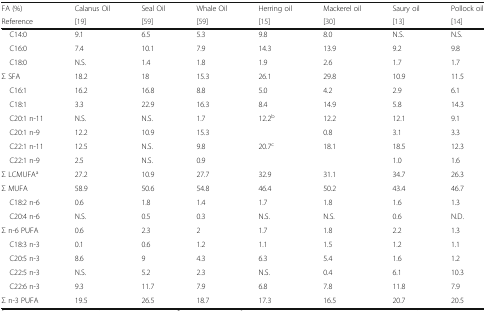
<table><thead><tr><td><b>FA (%)</b></td><td><b>Calanus Oil</b></td><td><b>Seal Oil</b></td><td><b>Whale Oil</b></td><td><b>Herring oil</b></td><td><b>Mackerel oil</b></td><td><b>Saury oil</b></td><td><b>Pollock oil</b></td></tr><tr><td><b>Reference</b></td><td><b>[19]</b></td><td><b>[59]</b></td><td><b>[59]</b></td><td><b>[15]</b></td><td><b>[30]</b></td><td><b>[13]</b></td><td><b>[14]</b></td></tr></thead><tbody><tr><td> C14:0</td><td>9.1</td><td>6.5</td><td>5.3</td><td>9.8</td><td>8.0</td><td>N.S.</td><td>N.S.</td></tr><tr><td> C16:0</td><td>7.4</td><td>10.1</td><td>7.9</td><td>14.3</td><td>13.9</td><td>9.2</td><td>9.8</td></tr><tr><td> C18:0</td><td>N.S.</td><td>1.4</td><td>1.8</td><td>1.9</td><td>2.6</td><td>1.7</td><td>1.7</td></tr><tr><td>Σ SFA</td><td>18.2</td><td>18</td><td>15.3</td><td>26.1</td><td>29.8</td><td>10.9</td><td>11.5</td></tr><tr><td> C16:1</td><td>16.2</td><td>16.8</td><td>8.8</td><td>5.0</td><td>4.2</td><td>2.9</td><td>6.1</td></tr><tr><td> C18:1</td><td>3.3</td><td>22.9</td><td>16.3</td><td>8.4</td><td>14.9</td><td>5.8</td><td>14.3</td></tr><tr><td> C20:1 n-11</td><td>N.S.</td><td>N.S.</td><td>1.7</td><td>12.2<sup>b</sup></td><td>12.2</td><td>12.1</td><td>9.1</td></tr><tr><td> C20:1 n-9</td><td>12.2</td><td>10.9</td><td>15.3</td><td></td><td>0.8</td><td>3.1</td><td>3.3</td></tr><tr><td> C22:1 n-11</td><td>12.5</td><td>N.S.</td><td>9.8</td><td>20.7<sup>c</sup></td><td>18.1</td><td>18.5</td><td>12.3</td></tr><tr><td> C22:1 n-9</td><td>2.5</td><td>N.S.</td><td>0.9</td><td></td><td></td><td>1.0</td><td>1.6</td></tr><tr><td>Σ LCMUFA<sup>a</sup></td><td>27.2</td><td>10.9</td><td>27.7</td><td>32.9</td><td>31.1</td><td>34.7</td><td>26.3</td></tr><tr><td>Σ MUFA</td><td>58.9</td><td>50.6</td><td>54.8</td><td>46.4</td><td>50.2</td><td>43.4</td><td>46.7</td></tr><tr><td> C18:2 n-6</td><td>0.6</td><td>1.8</td><td>1.4</td><td>1.7</td><td>1.8</td><td>1.6</td><td>1.3</td></tr><tr><td> C20:4 n-6</td><td>N.S.</td><td>0.5</td><td>0.3</td><td>N.S.</td><td>N.S.</td><td>0.6</td><td>N.D.</td></tr><tr><td>Σ n-6 PUFA</td><td>0.6</td><td>2.3</td><td>2</td><td>1.7</td><td>1.8</td><td>2.2</td><td>1.3</td></tr><tr><td> C18:3 n-3</td><td>0.1</td><td>0.6</td><td>1.2</td><td>1.1</td><td>1.5</td><td>1.2</td><td>1.1</td></tr><tr><td> C20:5 n-3</td><td>8.6</td><td>9</td><td>4.3</td><td>6.3</td><td>5.4</td><td>1.6</td><td>1.2</td></tr><tr><td> C22:5 n-3</td><td>N.S.</td><td>5.2</td><td>2.3</td><td>N.S.</td><td>0.4</td><td>6.1</td><td>10.3</td></tr><tr><td> C22:6 n-3</td><td>9.3</td><td>11.7</td><td>7.9</td><td>6.8</td><td>7.8</td><td>11.8</td><td>7.9</td></tr><tr><td>Σ n-3 PUFA</td><td>19.5</td><td>26.5</td><td>18.7</td><td>17.3</td><td>16.5</td><td>20.7</td><td>20.5</td></tr></tbody></table>